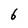
Character: 6